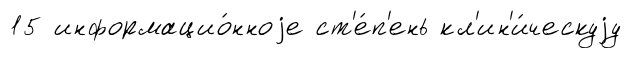
15 информацио́нноjе ст'е́п'ень кл'ин'и́ческуjу